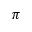
\pi